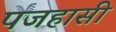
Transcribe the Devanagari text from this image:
पजहासी